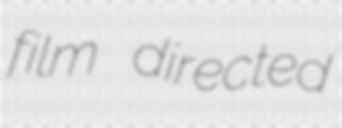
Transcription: film directed